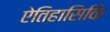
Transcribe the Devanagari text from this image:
ऐतिहासिकि